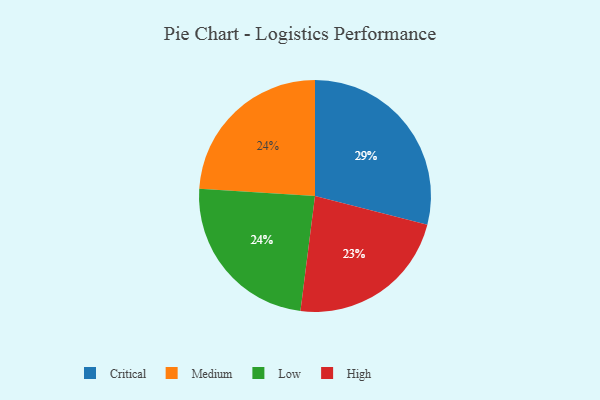
{"axis": {"x": "Category", "y": "Percentage"}, "legend": ["Critical", "High", "Low", "Medium"], "data": [{"x": "High", "y": 23, "type": "High"}, {"x": "Medium", "y": 24, "type": "Medium"}, {"x": "Low", "y": 24, "type": "Low"}, {"x": "Critical", "y": 29, "type": "Critical"}]}